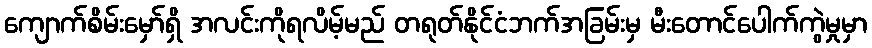
ကျောက်စိမ်းမှော်ရှိ အလင်းကိုရလိမ့်မည် တရုတ်နိုင်ငံဘက်အခြမ်းမှ မီးတောင်ပေါက်ကွဲမှုမှာ